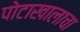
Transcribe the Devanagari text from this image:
पोटाखालाचा